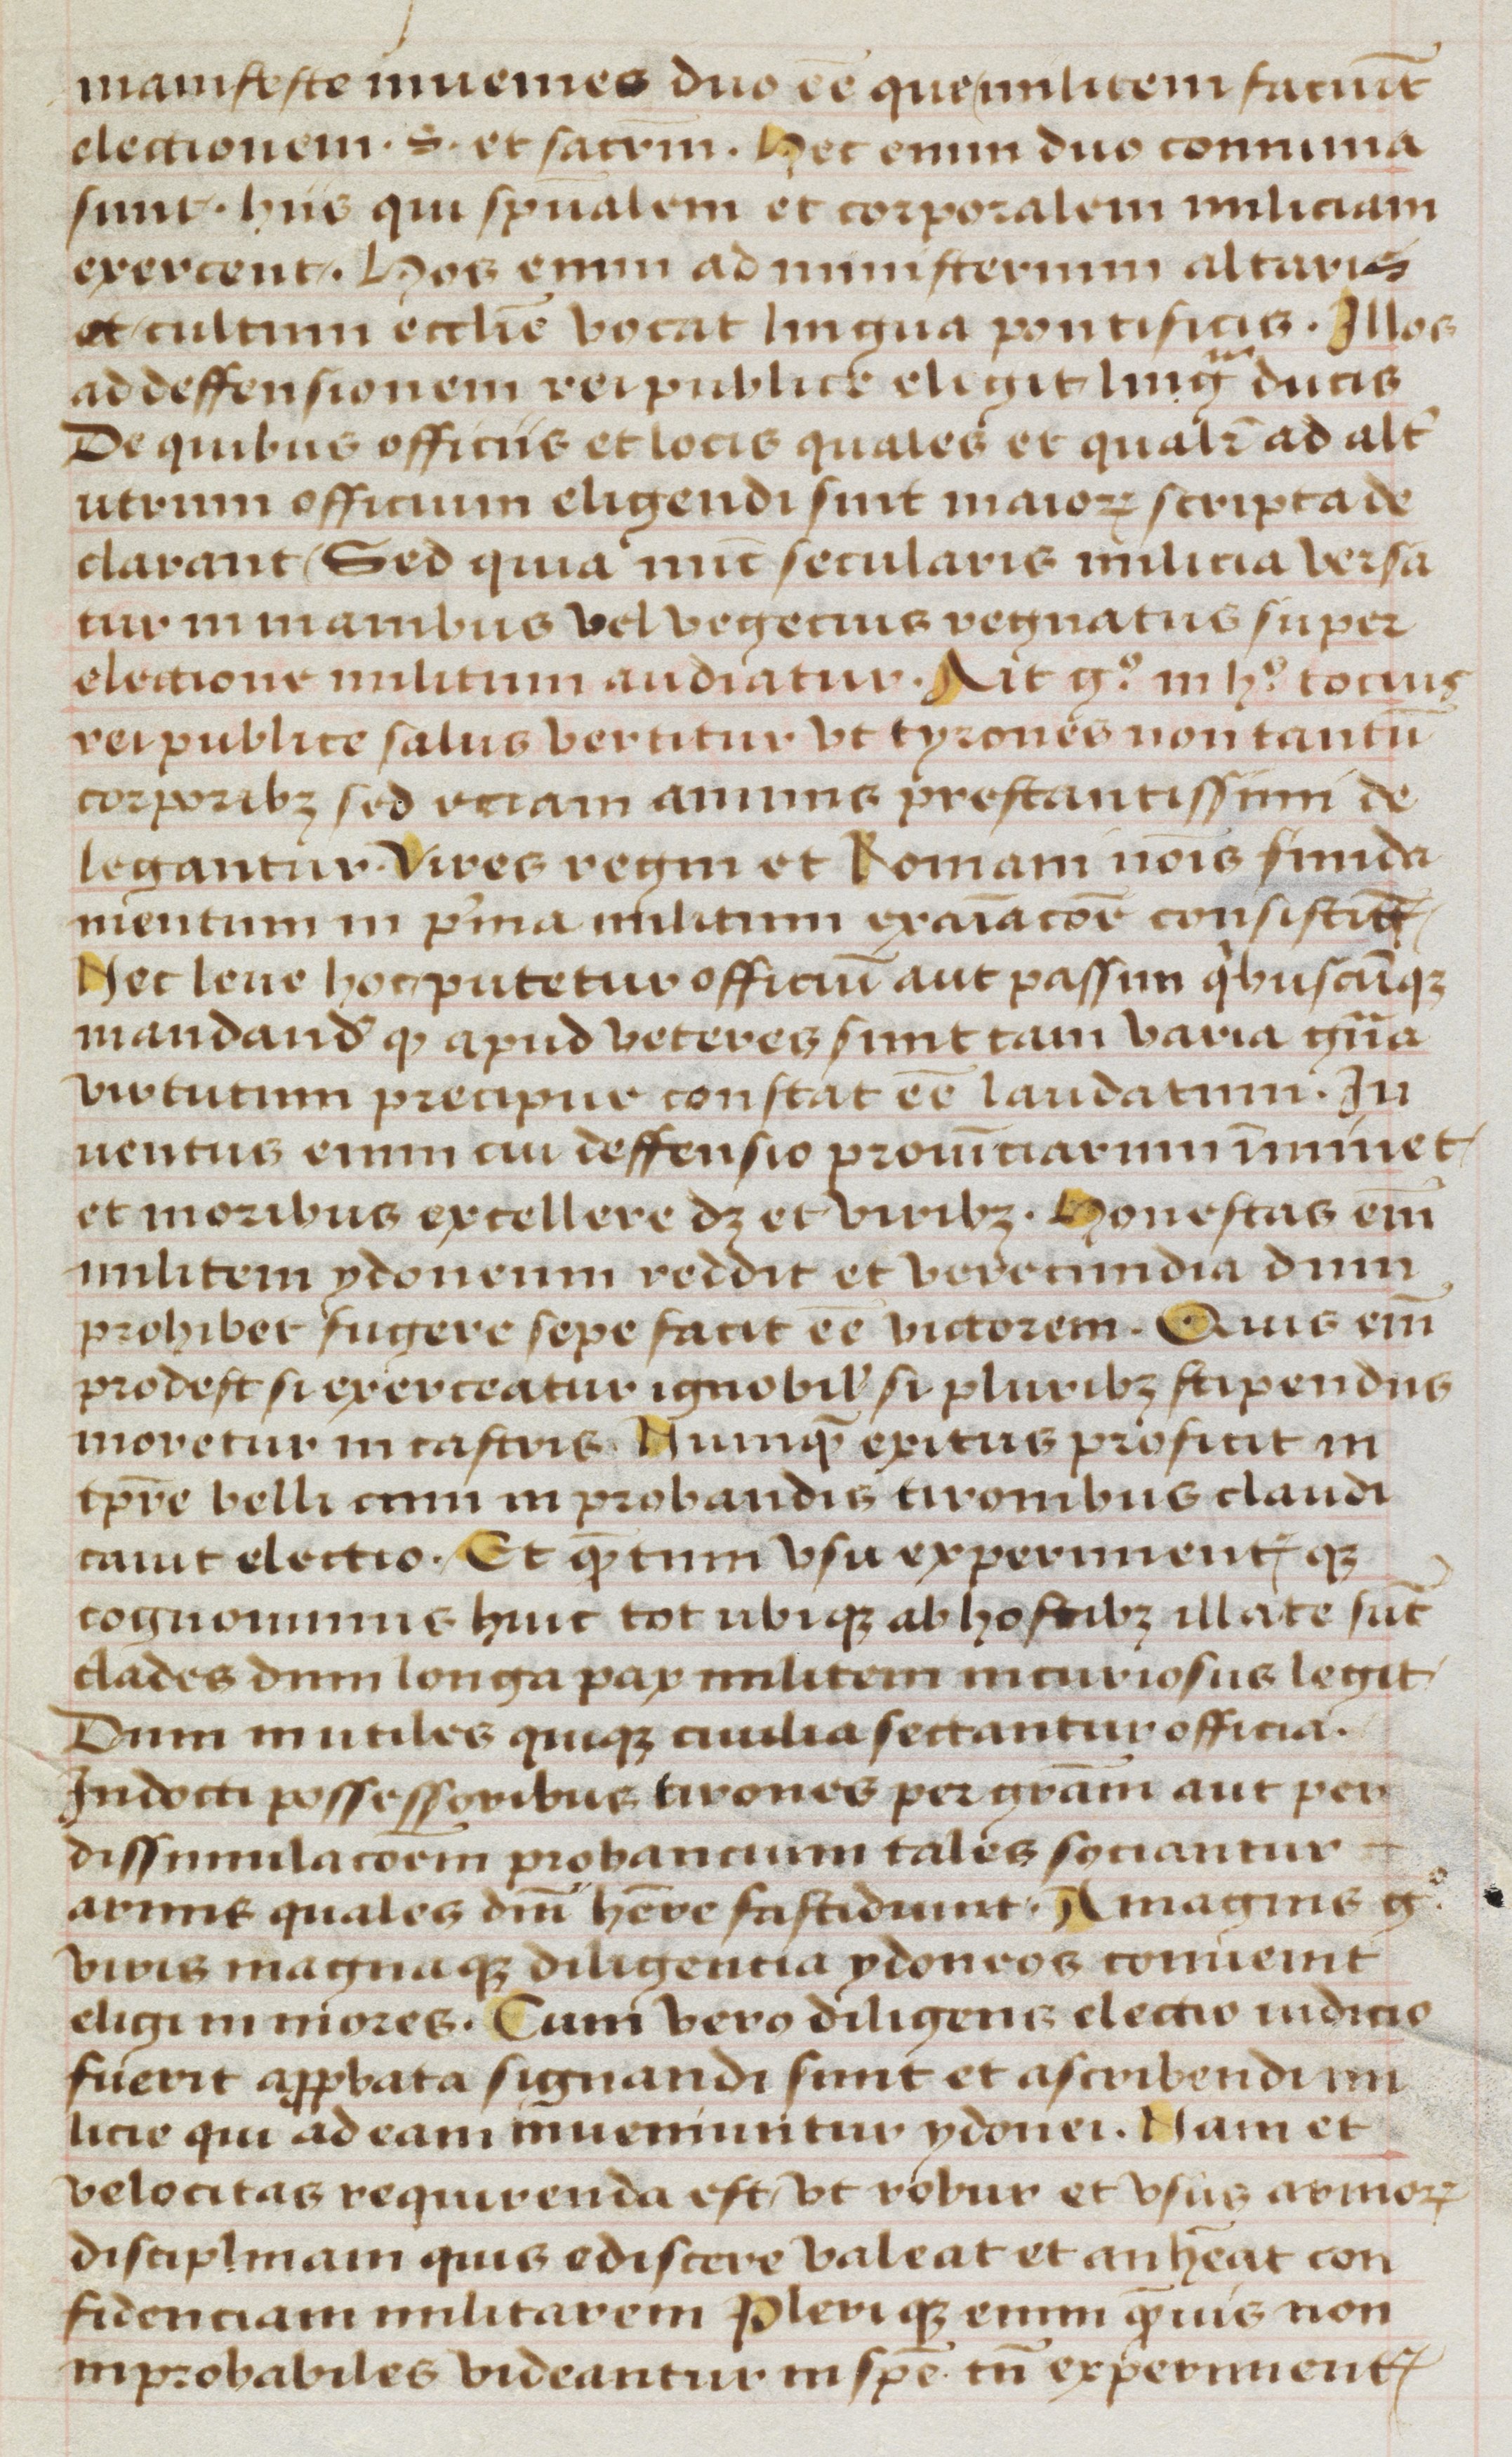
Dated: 1470–1499